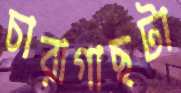
চারাগাছটা